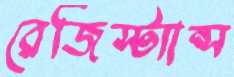
রেজিস্ট্যান্স